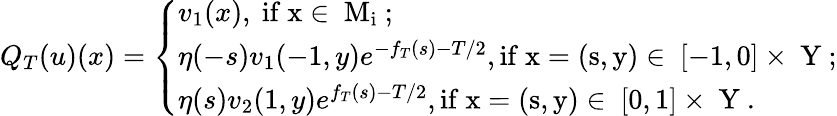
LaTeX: Q_{T}({u})(x)=\left\{ \begin{array}{ll}{v_{1}(x),\mathrm{~if~x\in~M_i~;}}\\ {\eta(-s)v_{1}(-1,y)e^{-f_{T}(s)-T/2},\mathrm{if~x=(s,y)\in~[-1,0]\times~Y~;}}\\ {\eta(s)v_{2}(1,y)e^{f_{T}(s)-T/2},\mathrm{if~x=(s,y)\in~[0,1]\times~Y~.}}\end{array}\right.